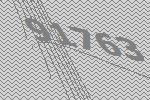
91763